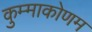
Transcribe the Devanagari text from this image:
कुम्माकोणम